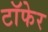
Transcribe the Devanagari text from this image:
टाॅफेर